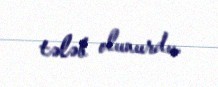
tələb olunurdu.